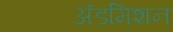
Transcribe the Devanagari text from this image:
अॅडमिशन